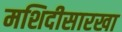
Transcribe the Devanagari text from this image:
मशिदीसारखा